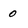
Character: 0